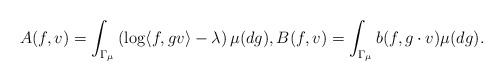
\begin{align*}A(f,v) = \int_{\Gamma_{\mu}} \left( \log \langle f, g v \rangle - \lambda \right) \mu(dg),B(f,v) = \int_{\Gamma_{\mu}} b(f, g \cdot v) \mu(dg). \end{align*}